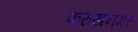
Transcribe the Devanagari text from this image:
फरुखनगर